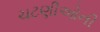
ચટણીઓની